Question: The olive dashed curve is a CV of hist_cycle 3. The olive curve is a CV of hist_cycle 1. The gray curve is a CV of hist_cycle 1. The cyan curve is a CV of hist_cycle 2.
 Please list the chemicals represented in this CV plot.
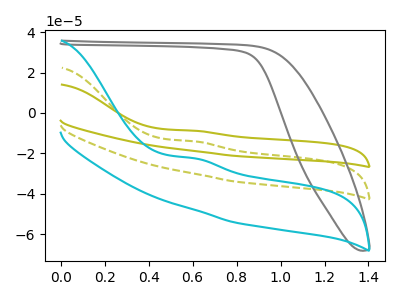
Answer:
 <answer>The olive dashed curve is labeled "hist_cycle 3". The olive curve is labeled "hist_cycle 1". The gray curve is labeled "hist_cycle 1". The cyan curve is labeled "hist_cycle 2".</answer>
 <eval></eval>